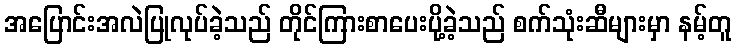
အပြောင်းအလဲပြုလုပ်ခဲ့သည် တိုင်ကြားစာပေးပို့ခဲ့သည် စက်သုံးဆီများမှာ နမ့်တူ